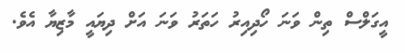
އީގަލްސް ތިން ވަނަ ހޯދިއިރު ހަތަރު ވަނަ އަށް ދިޔައީ މާޒިޔާ އެވެ.